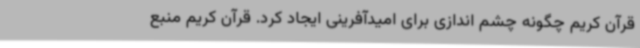
قرآن کریم چگونه چشم اندازی برای امیدآفرینی ایجاد کرد. قرآن کریم منبع